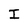
Character: I